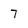
Character: 7